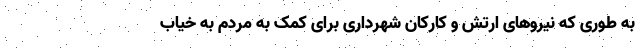
به طوری که نیروهای ارتش و کارکان شهرداری برای کمک به مردم به خیاب